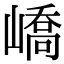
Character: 嶠